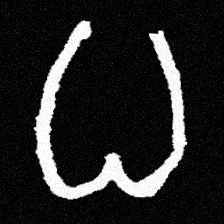
Pyu character \u2014 Myanmar letter: ဓ (romanized: dha)